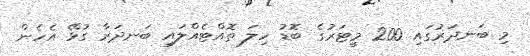
މި ބަނދަރުގައި 200 މީޓަރުގެ ބޮޑު ހިލަ ތޮއްޓެއްލައި ބަނދަރާ ގުޅޭ އެހެން